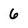
Character: 6